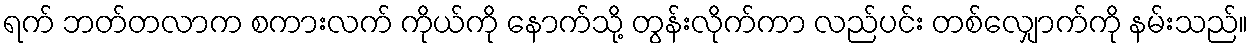
ရက် ဘတ်တလာက စကားလက် ကိုယ်ကို နောက်သို့ တွန်းလိုက်ကာ လည်ပင်း တစ်လျှောက်ကို နမ်းသည်။